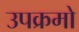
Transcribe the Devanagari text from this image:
उपक्रमो